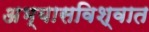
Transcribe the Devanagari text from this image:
अभ्यासविश्वात